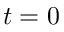
t = 0